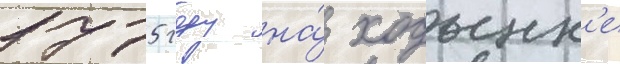
1775 году на́ ходынк'е